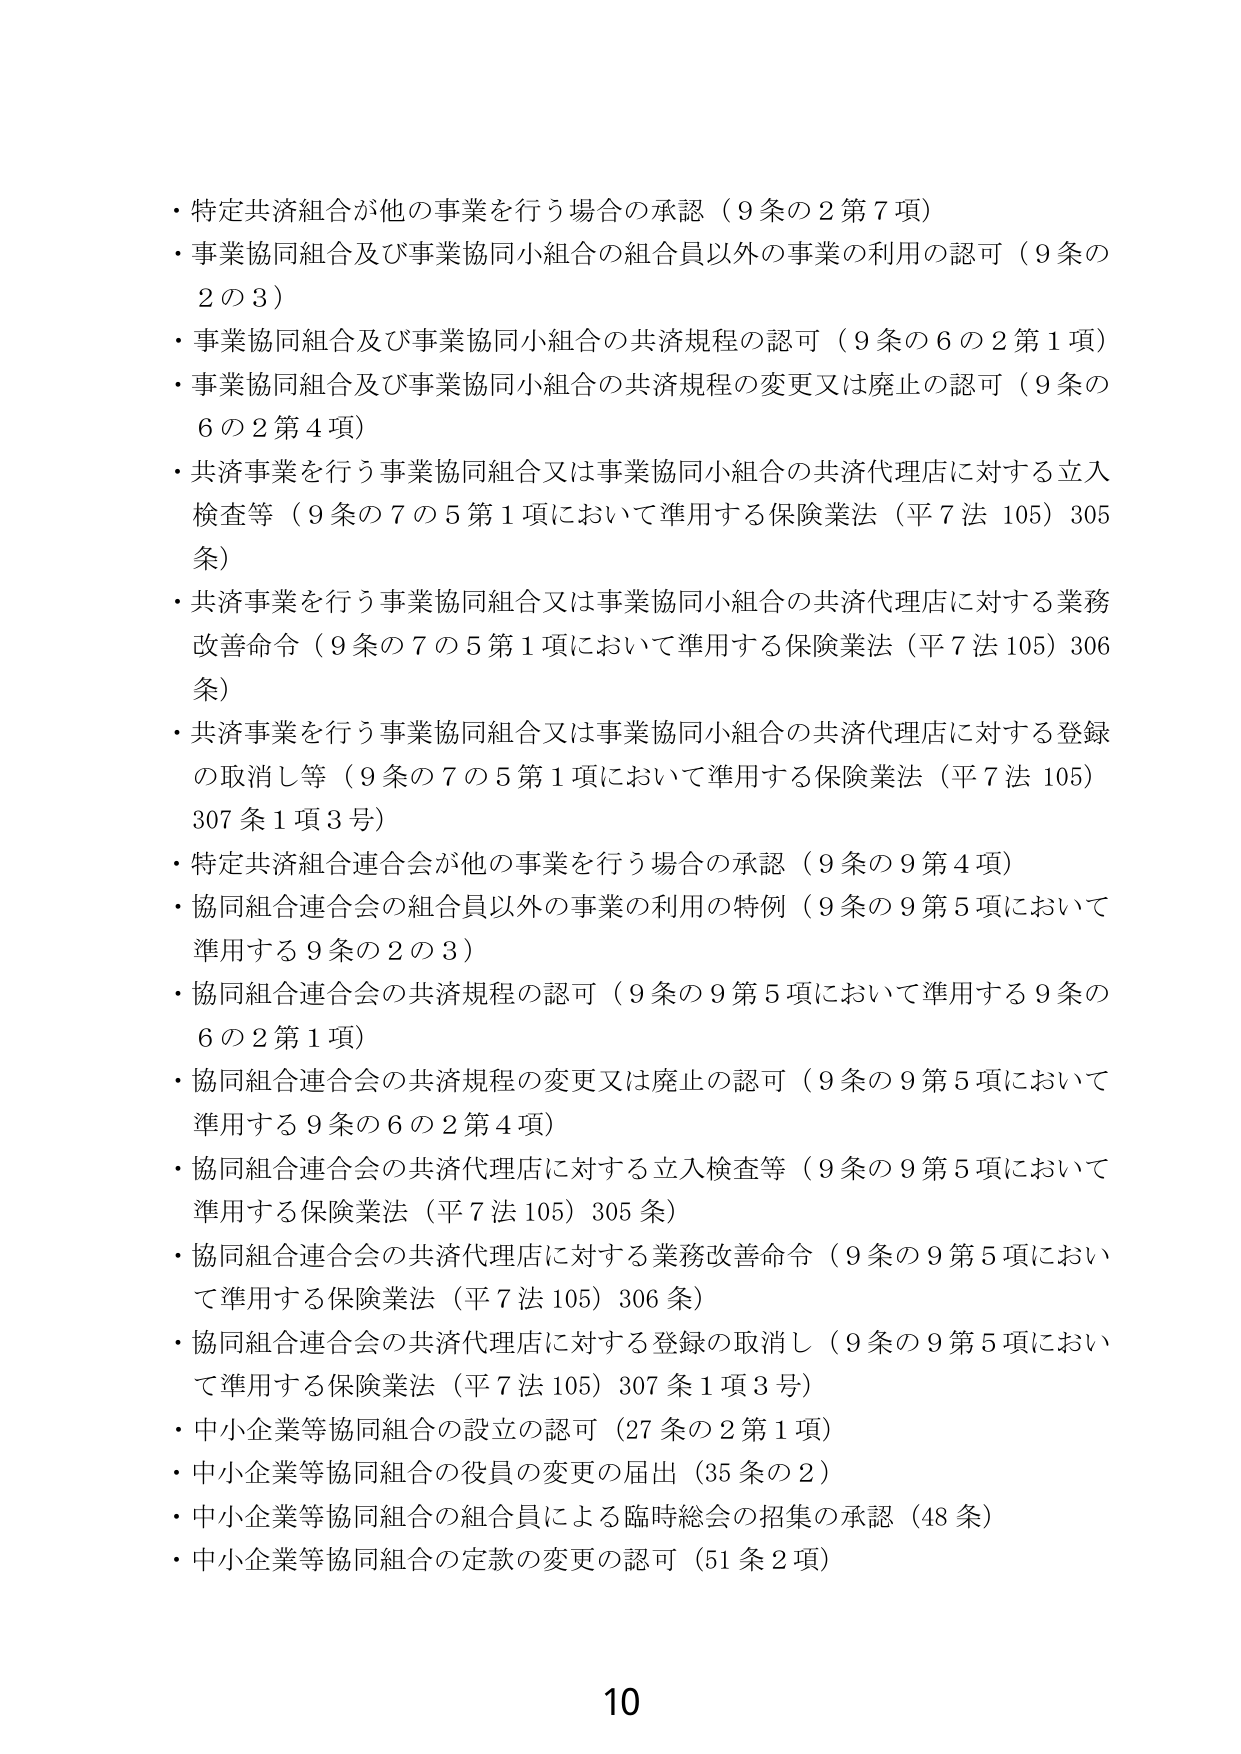
・特定共済組合が他の事業を行う場合の承認（9条の2第7項）
・事業協同組合及び事業協同小組合の組合員以外の事業の利用の認可（9条の2の3）
・事業協同組合及び事業協同小組合の共済規程の認可（9条の6の2第1項）
・事業協同組合及び事業協同小組合の共済規程の変更又は廃止の認可（9条の6の2第4項）
・共済事業を行う事業協同組合又は事業協同小組合の共済代理店に対する立入検査等（9条の7の5第1項において準用する保険業法（平7法105）305条）
・共済事業を行う事業協同組合又は事業協同小組合の共済代理店に対する業務改善命令（9条の7の5第1項において準用する保険業法（平7法105）306条）
・共済事業を行う事業協同組合又は事業協同小組合の共済代理店に対する登録の取消し等（9条の7の5第1項において準用する保険業法（平7法105）307条1項3号）
・特定共済組合連合会が他の事業を行う場合の承認（9条の9第4項）
・協同組合連合会の組合員以外の事業の利用の特例（9条の9第5項において準用する9条の2の3）
・協同組合連合会の共済規程の認可（9条の9第5項において準用する9条の6の2第1項）
・協同組合連合会の共済規程の変更又は廃止の認可（9条の9第5項において準用する9条の6の2第4項）
・協同組合連合会の共済代理店に対する立入検査等（9条の9第5項において準用する保険業法（平7法105）305条）
・協同組合連合会の共済代理店に対する業務改善命令（9条の9第5項において準用する保険業法（平7法105）306条）
・協同組合連合会の共済代理店に対する登録の取消し（9条の9第5項において準用する保険業法（平7法105）307条1項3号）
・中小企業等協同組合の設立の認可（27条の2第1項）
・中小企業等協同組合の役員の変更の届出（35条の2）
・中小企業等協同組合の組合員による臨時総会の招集の承認（48条）
・中小企業等協同組合の定款の変更の認可（51条2項）
10